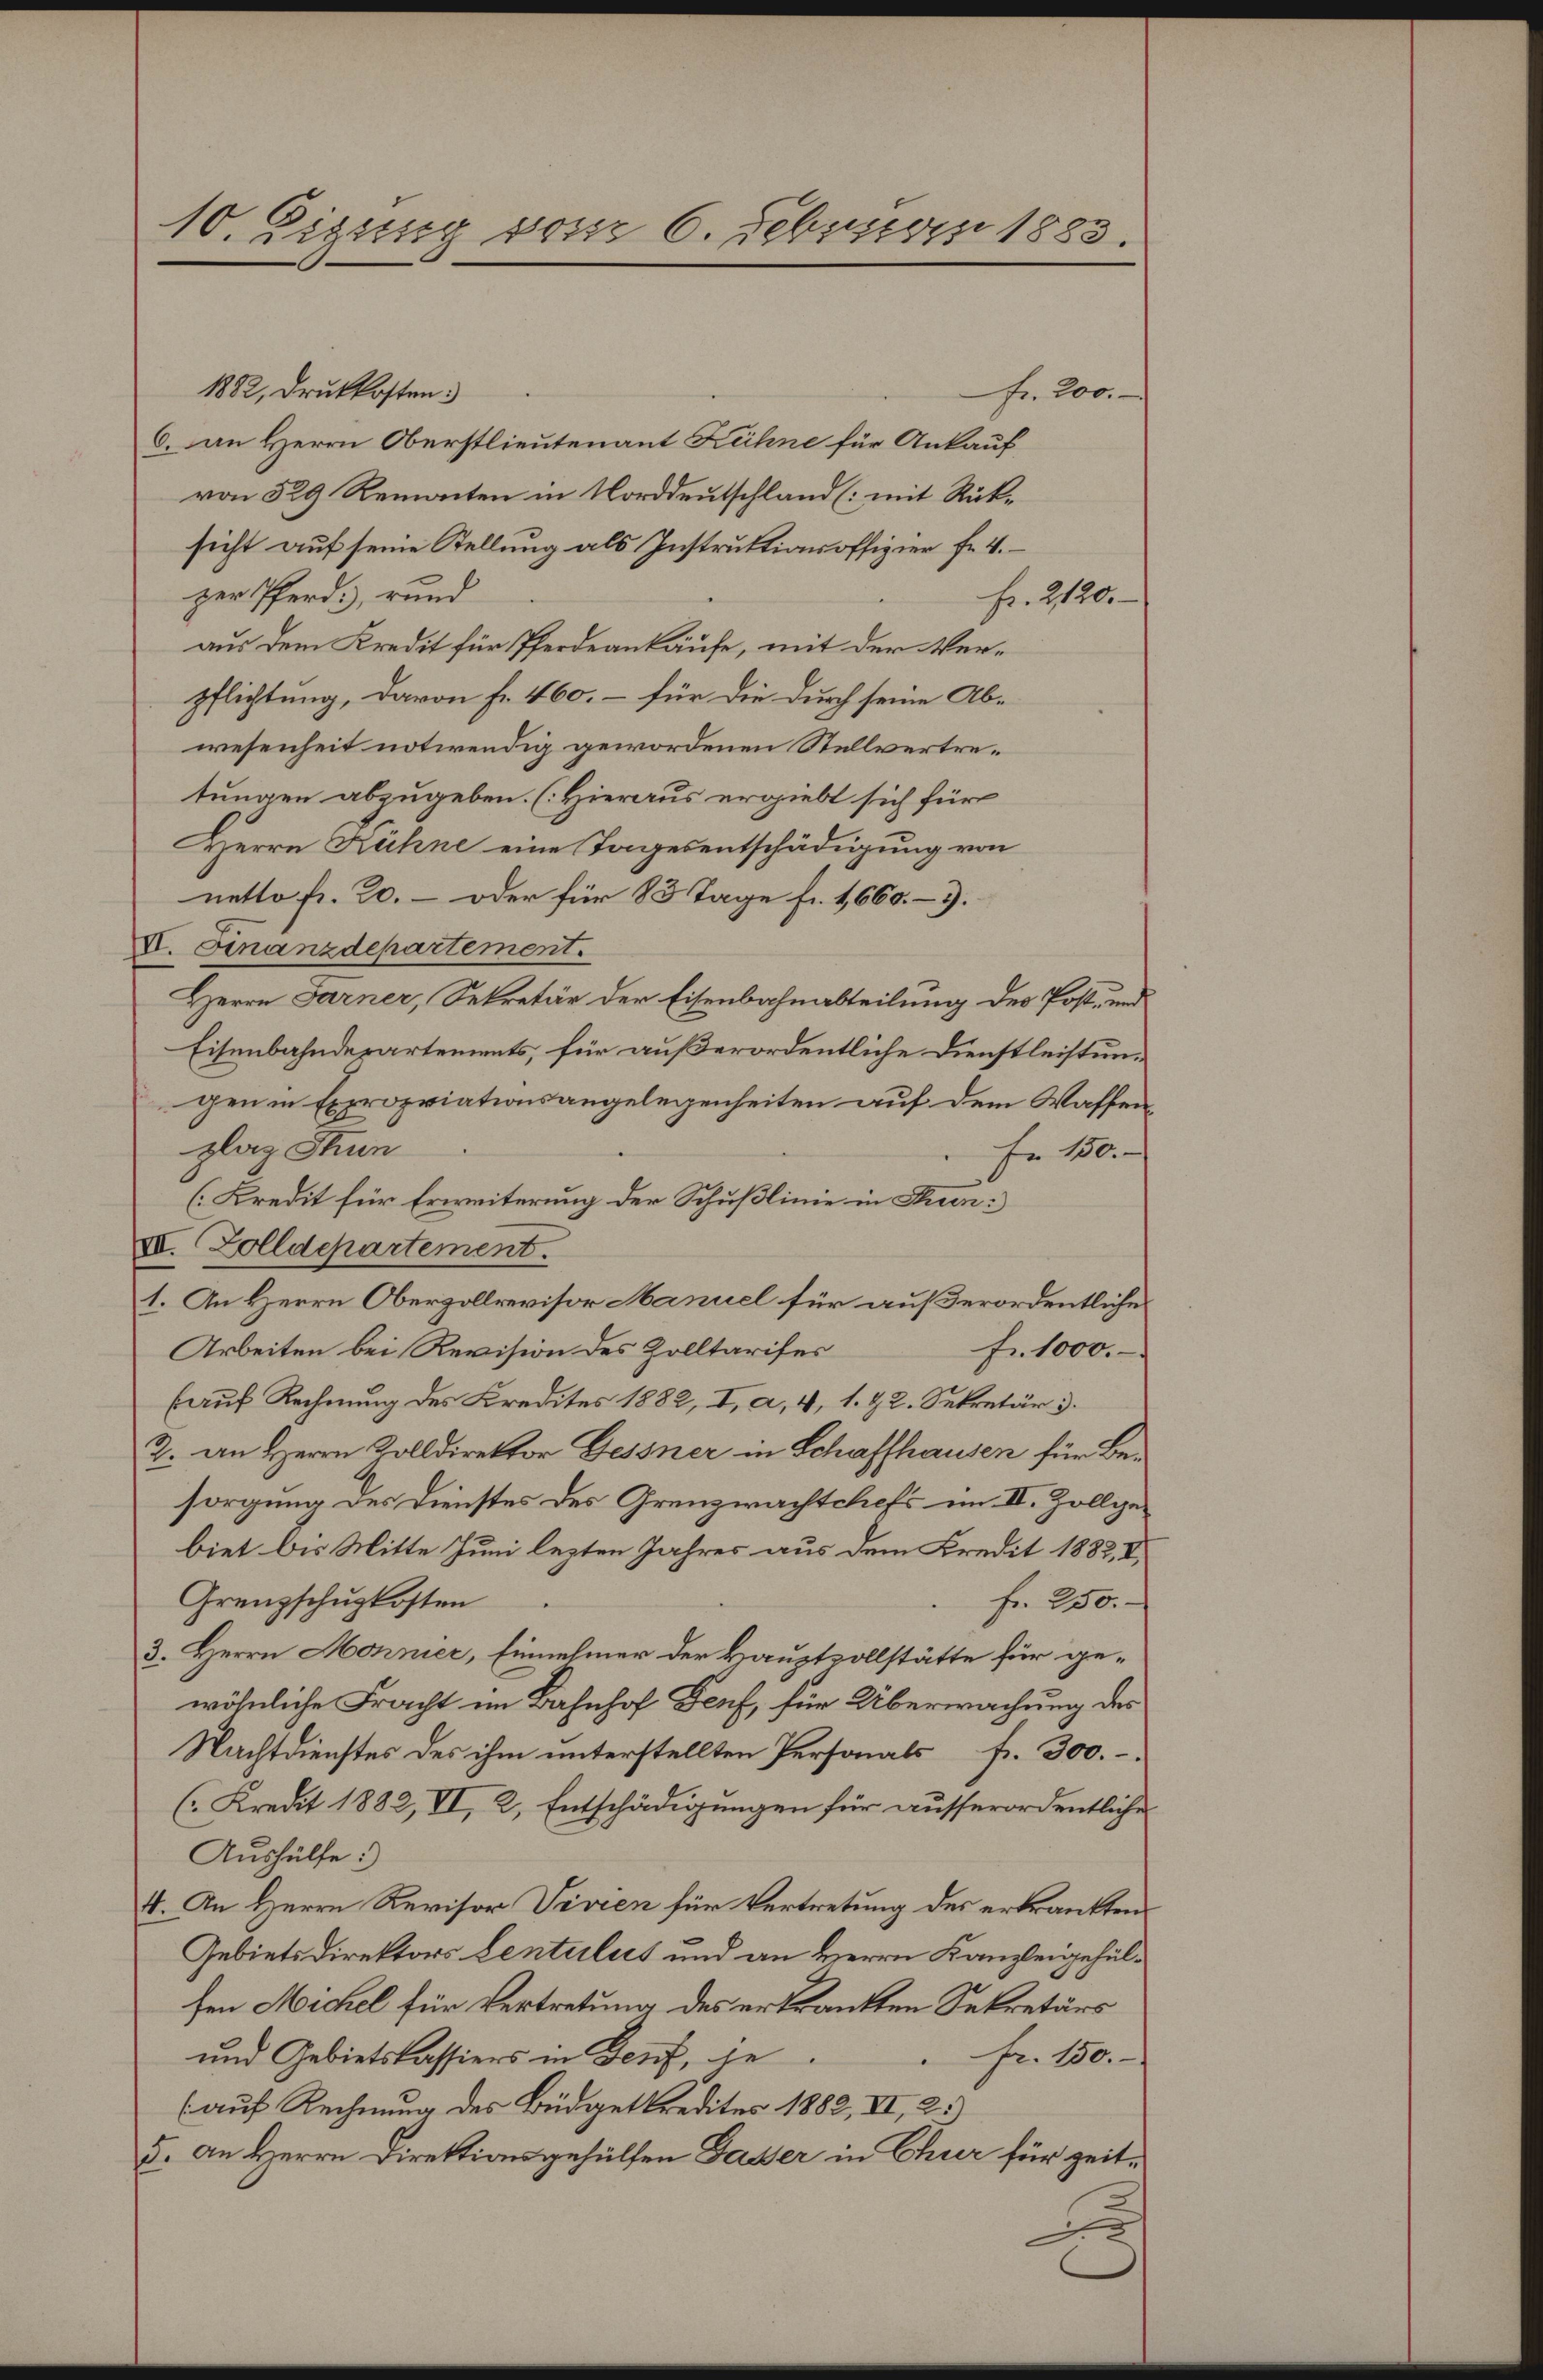
10. Eigung vom 6. Februar 1883.

1882, druckkosten:
6. an Herrn Oberstlieutenant Kühne für Ankauf
von 529 Remonten in Norddeutschland (mit Rüksicht auf seine Stellung als Instruktionsoffizier fr. 4.
zer Pferd, rund
aus dem Kredit für Pferdeankäufe, mit der Verpflichtung, davon fr. 460. – für die durch seine Abwesenheit notwendig gewordenen Stellvertretungen abzugeben. (Hieraus ergiebt sich für
Herrn Kühne eine Tagesentschädigung von
netto fr. 20. - oder für 83 Tage fr. 1660.- 3.
VI. Finanzdepartement.
Herrn Farner, Sekretär der Eisenbahnabteilung der Post- und
Eisenbahndepartements, für außerordentliche Dienstleistungen in Expropriationsangelegenheiten auf dem Waffen,
plaz Stun
Fr. 150.-
(Kredit für Erweiterung der Schußlinie in Fren:
VII. Zolldepartement.
1. An Herrn Oberzollrevisor Manuel für außerordentliche
Fr. 1000.
Arbeiten bei Revision des Zolltarifes
(auf Rechnung des Kredites 1882, I, a, 4, 1. & 2. Sekretär u.
2. an Herrn Kolldirektor Gessner in Schaffhausen für Besorgung des Dienstes des Grenzwachtchefs im II. Zollgebiet des Mitte Juni lezten Jahres aus dem Kredit 1882, I,
Grenzschuzkosten
fr. 250.
3. Herrn Mönnier, Einnehmer der Hauptvollstätte für gewöhnliche Fracht im Bahnhof Genf, für Überwachung des
Nachtdienstes des ihm unterstellten Personals fr. 300.
(Kredit 1882, VI, 2, Entschädigungen für ausserordentliche
Aushülfe.
4. An Herrn Revisor Vivien für Vertretung des erkrankten¬
Gebietsdirektors Lentulus und an Herrn Kanzleigehülfen Michel für Vertretung des erkrankten Sekretärs
und Gebietskassiers in Genf, je
Fr. 150.
(auf Rechnung des Büdgetkredites 1882, II, 2.)
5. an Herrn Direktionsgehülfen Dasser in Chur für zeit¬

fr. 200.

Fr. 2120.